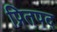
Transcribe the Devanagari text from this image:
प्रितपद